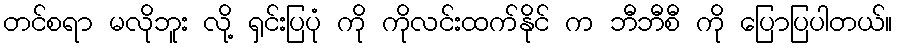
တင်စရာ မလိုဘူး လို့ ရှင်းပြပုံ ကို ကိုလင်းထက်နိုင် က ဘီဘီစီ ကို ပြောပြပါတယ်။